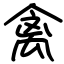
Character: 禽